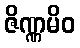
ဇိဏ္ဏမိဝ